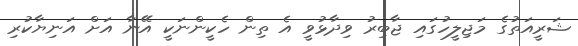
ޝަރީއަތުގެ މަޖިލީހުގައި ޖާބިރު ވިދާޅުވީ އެ ތިން ހެކީންނަކީ އޭނާ އަށް އަނިޔާކުރި